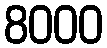
8000